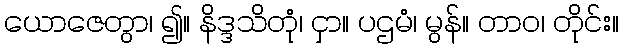
ယောဇေတွာ၊ ၍။ နိဒ္ဒသိတုံ၊ ငှာ။ ပဌမံ၊ မွန်။ တာဝ၊ တိုင်း။